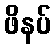
ဖိနပ်